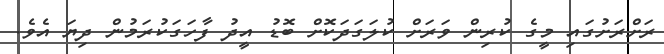
ރަށްރަށުގައި މީގެ ކުރިން ވަރަށް ކުލަގަދަކޮށް ބޮޑު އީދު ފާހަގަކުރަމުން ދިޔަ އެވެ.